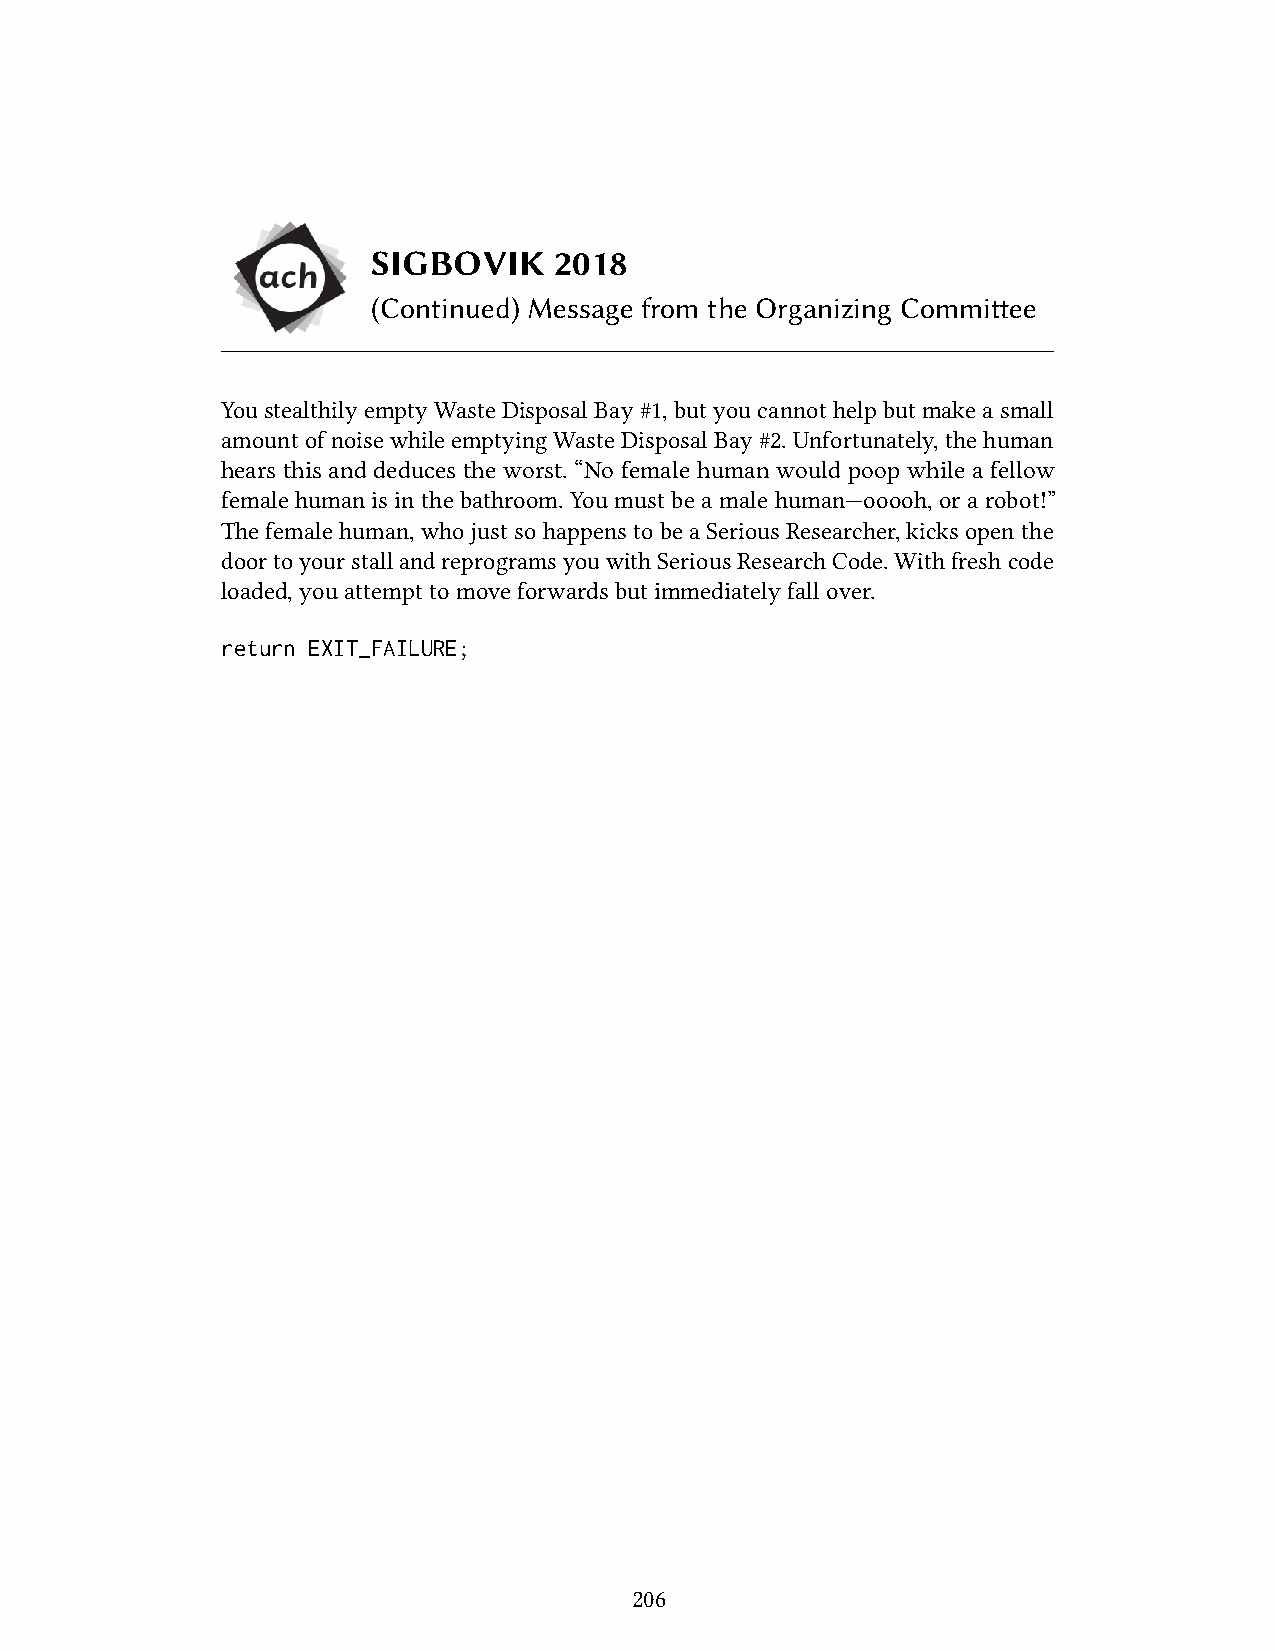
SIGBOVIK    2018
 (Continued) Message from the Organizing Committee
 YoustealthilyemptyWasteDisposalBay#1,butyoucannothelpbutmakeasmall
 amountofnoisewhileemptyingWasteDisposalBay#2.Unfortunately,thehuman
 hears this and deduces the worst. “No female human would poop while a fellow
 femalehuman isinthebathroom.You mustbeamale human—ooooh,orarobot!”
 Thefemalehuman,whojustso happenstobeaSeriousResearcher, kicksopenthe
 doortoyourstallandreprogramsyouwithSeriousResearchCode.Withfreshcode
 loaded,youattempttomoveforwardsbutimmediatelyfallover.
 return EXIT_FAILURE;
 206